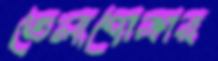
তেলাপোকার